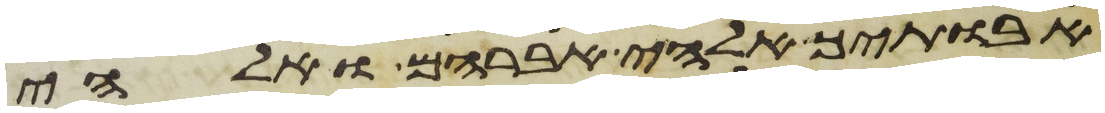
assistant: אבתיך אלהי אברהם ואלהי